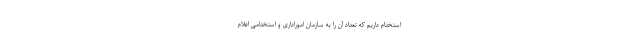
استخدام داریم که تعداد آن را به سازمان اموراداری و استخدامی اعلام